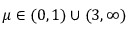
\mu \in ( 0 , 1 ) \cup ( 3 , \infty )